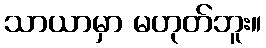
သာယာမှာ မဟုတ်ဘူး။